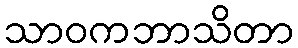
သာဝကဘာသိတာ